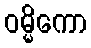
ဝမ္မိကော